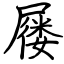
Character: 屦